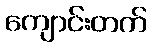
ကျောင်းတက်